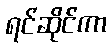
ရင်ဆိုင်ကာ